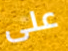
على